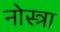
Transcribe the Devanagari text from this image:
नोस्त्रा